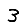
Digit: 3